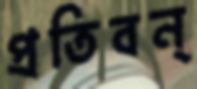
প্রতিবন্